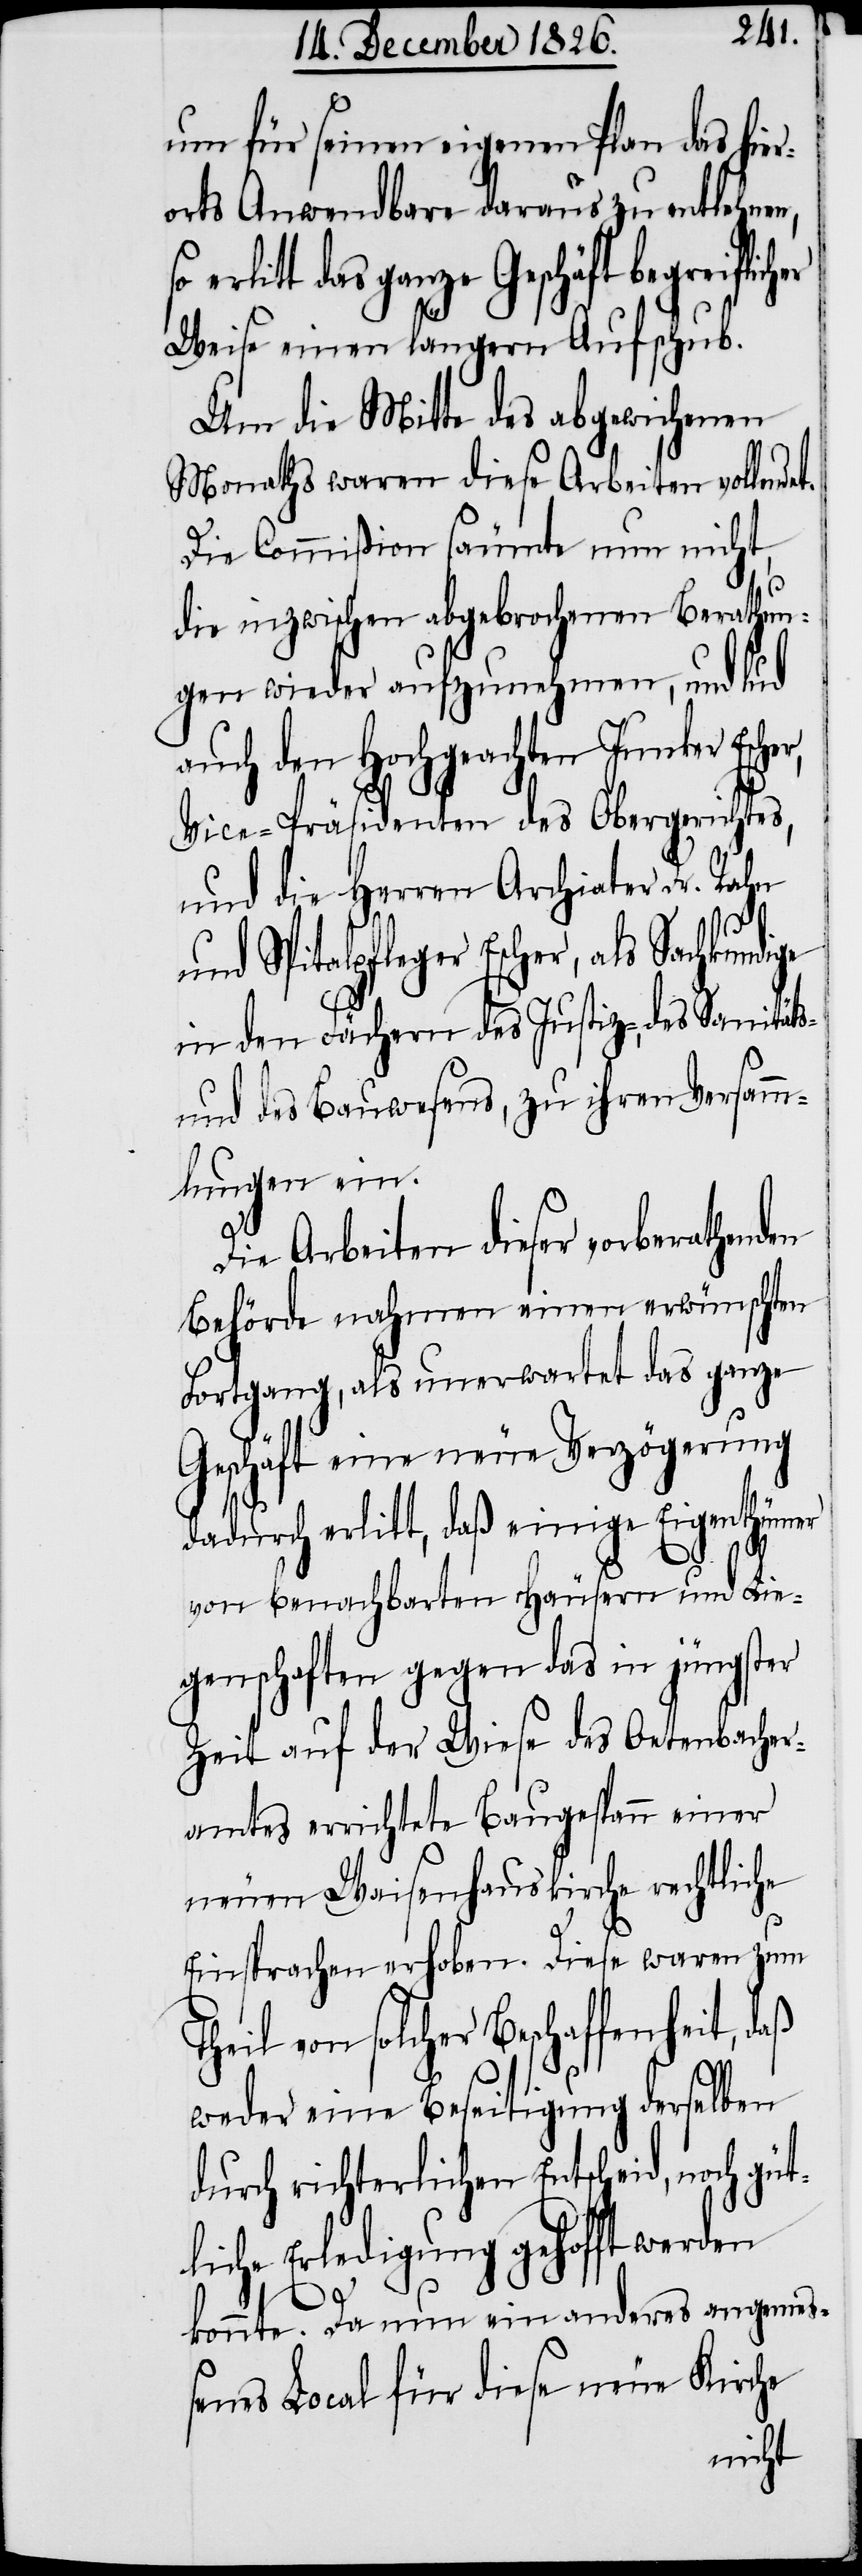
um für seinen eigenen Plan das hier¬
orts Anwendbare daraus zu entlehnen,
erlitt das ganze Geschäft begreiflich¬
Weise einen längern Aufschub.
Um die Mitte des abgewichenen
Monaths waren diese Arbeiten vollend¬
Die Commißion säumte nun nicht,
die inzwischen abgebrochenen Berathun¬
gen wieder aufzunehmen, und lud
uch den Hochgeachten Junker
Vice-Präsidenten des Obergerichtes,
und die Herren Archiater Dr. Rahn
und Spitalpfleger Escher, als Sachkund¬
in den Fächern des Justiz-, des Sanität¬
und des Bauwesens, zu ihren Versamm¬
lungen ein.
s[-]
Die Arbeiten dieser vorberathenden
Behörde nahmen einen erwünschten
Fortgang, als unerwartet das ganze
Geschäft eine neue Verzögerung
dadurch erlitt, daß einige Eigenthümer
aß
von benachbarten Häusern und Lie¬
genschaften gegen das in jüngster
Zeit auf der Wiese des Oetenbacher¬
amtes errichtete Baugespann einer
neuen Waisenhauskirche rechtliche
Einsprachen erhoben. Diese waren zum
Theil von solcher Beschaffenheit, d¬
weder eine Beseitigung derselben
durch richterlichen Entscheid, noch gü¬
tliche Erledigung gehofft werden
konnte. Da nun ein anderes angemeß¬
enes Local für diese neue Kirche